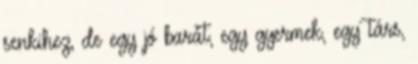
senkihez, de egy jó barát, egy gyermek, egy társ,